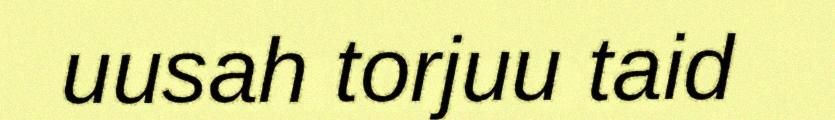
uusah torjuu taid